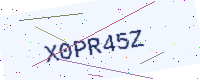
Text: X0PR45Z